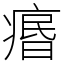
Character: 𤸅